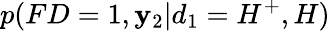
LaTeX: p(FD=1,\mathbf{y}_{2}|d_{1}=H^{+},H)